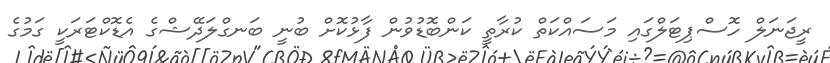
ރީޖަނަލް ހޮސްޕިޓަލްގައި މަސައްކަތް ކުރާތީ ކަންބޮޑުވުން ފާޅުކޮށް ބުނީ ބަނގްލަދޭޝްގެ އެޑޮކްޓަރަކީ ގަމުގެ